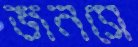
জনসে